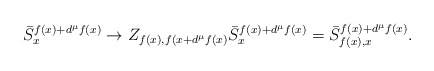
\begin{align*}\bar{S}^{f(x)+d^{\mu}f(x)}_{x}\rightarrow Z_{f(x),f(x+d^{\mu}f(x)}\bar{S}^{f(x)+d^{\mu}f(x)}_{x}= \bar{S}^{f(x)+d^{\mu}f(x)}_{f(x),x}.\end{align*}